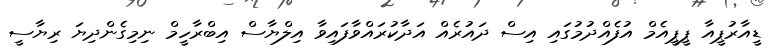
ޑީއާރުޕީއާ ޕީޕީއެމް އުފެއްދުމުގައި އިސް ދައުރެއް އަދާކުރައްވާފައިވާ އިލްޔާސް އިބްރާހީމް ނިމިގެންދިޔަ ރިޔާސީ